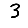
Digit: 3